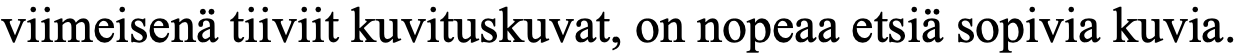
viimeisenä tiiviit kuvituskuvat, on nopeaa etsiä sopivia kuvia.